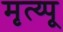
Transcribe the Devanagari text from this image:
मृत्य्पू